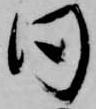
同